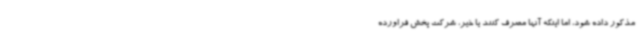
مذکور داده شود، اما اینکه آنها مصرف کنند یا خیر، شرکت پخش فراورده